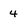
Character: 4